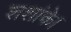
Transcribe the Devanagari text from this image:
शशांके।